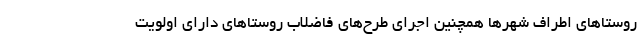
روستاهای اطراف شهرها همچنین اجرای طرح‌های فاضلاب روستاهای دارای اولویت